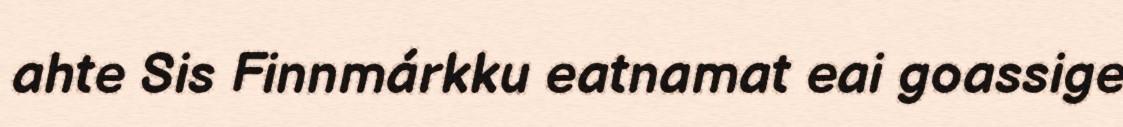
ahte Sis Finnmárkku eatnamat eai goassige